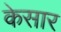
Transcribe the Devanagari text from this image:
केसार